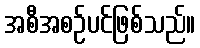
အစီအစဉ်ပင်ဖြစ်သည်။